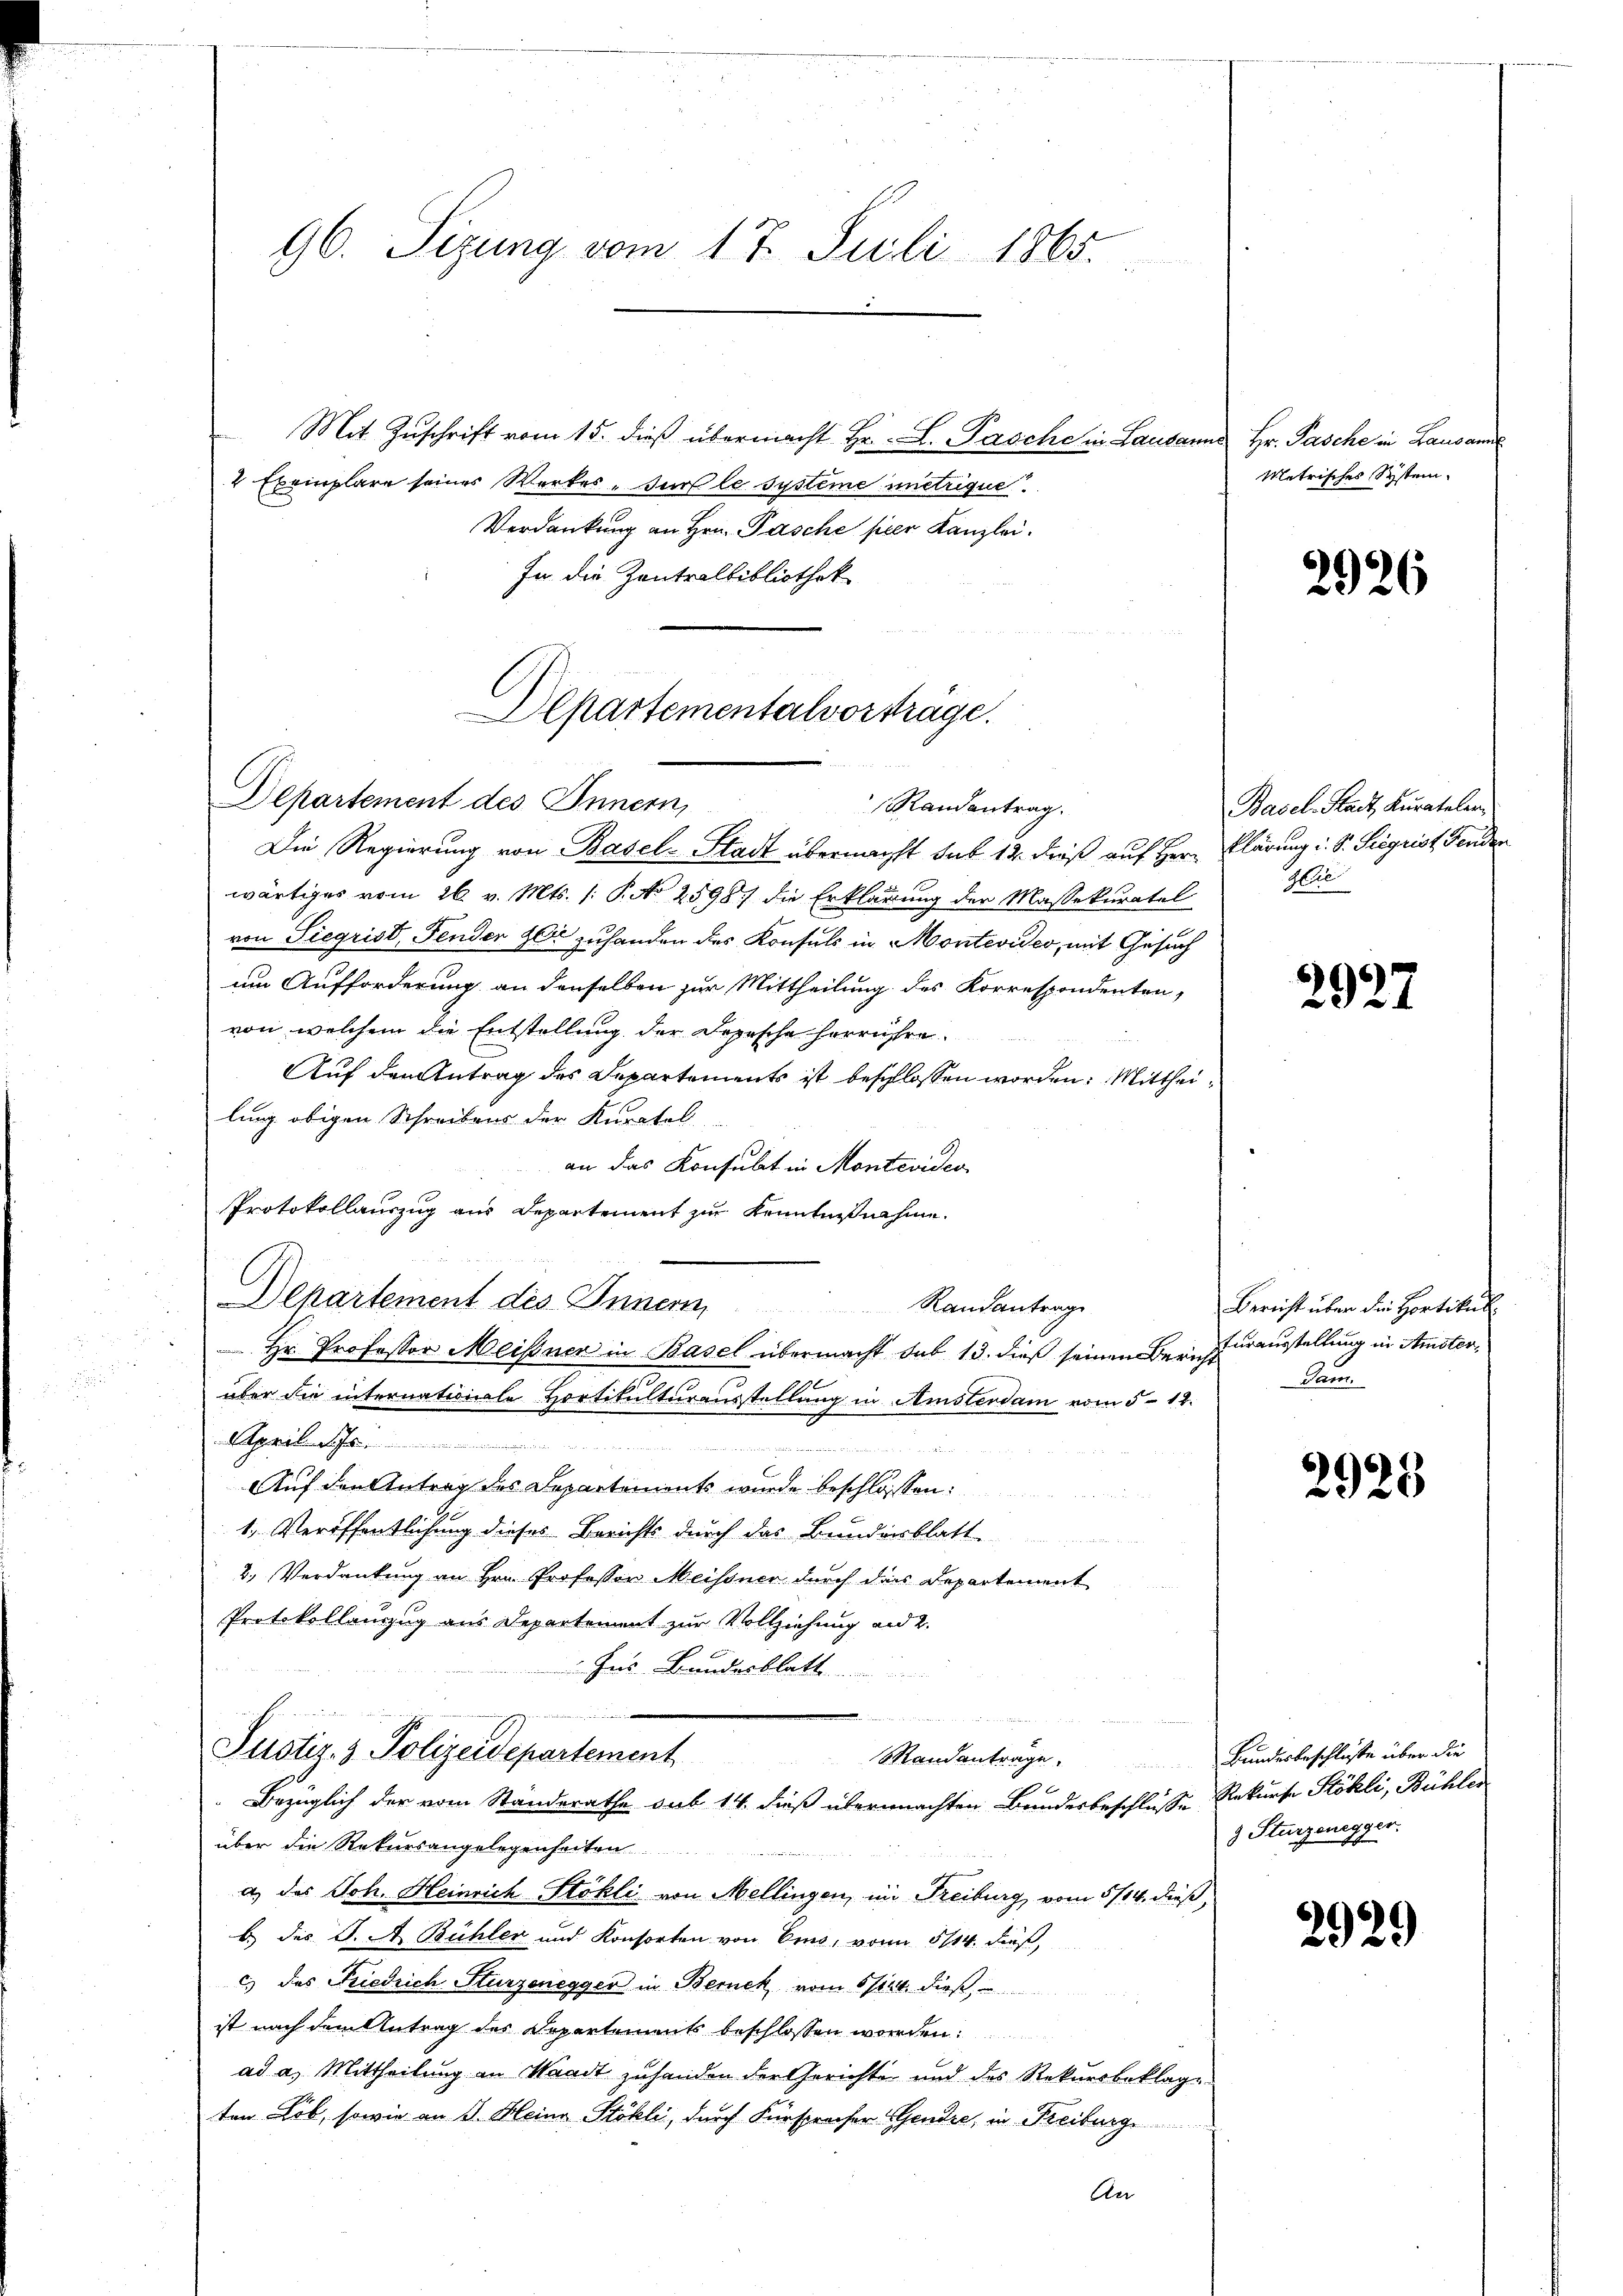
96. Sizung vom 17. Juli 1865.

Mit Zuschrift vom 15. dieß übermacht Hr. L. Pasche in Lausam
2 Exemplare seines Werkes sur le systeme immetrique.
Verdankung an Hrn. Pasche per Kanzlei.
In die Zentralbibliothek

Departementalvorträge.
Departement des Innern,
Randantrag.

Die Regierung von Basel-Stadt übernacht sub 14. dieß auf Herr
wärtiges vom 26. v. Mts. (: P. No 2598) die Erklärung der Massekuratel
von Siegrist, Fenden der zu handen des Konsuls in Montevides, mit Gesuch
um Aufforderung an denselben zur Mittheilung des Korrespondenten,
von welchem die Entstellung der Depesche herrühre
1 1892
Auf den Antrag des Departements ist beschlossen worden. Mittheilung obigen Schreibens der Kuratel
an das Konsulat in Montevideo
Protokollauszug aus Departement zu Kenntnißnahme
Departement des Innern
Randantrage
Hr. Professor Meißner in Basel übermacht sub 13. dieß seinen Bericht
über die internationale Hortikulturausstellung in Amsterdam vom 5. 12.
April d. Js.

Auf den Antrag des Departements wurde beschlossen:
1. Veröffentlichung dieses Berichts durch das Bundesblatt
2. Verdankung an Hrn. Professor Meissner durch dass Departement
Protokollauszug aus Departement zur Vollziehung und 2.
Ins Bundesblatt

Justiz- & Polizeidepartement
Mandantrage. Bundesbeschlüsse über die
2 x
Bezüglich der vom Standerathe sub 14. dieß übermachten Bundesbeschlüsse Rekurse Stökli, Bühler
über die Rekursangelegenheiten
a.) das Joh. Heinrich Stokli von Mellingen, im Freiburg vom 5/14. dieß,
b. des S. A. Bühler und Konsorten von Emo, von 5114. dieß
c) des Friedrich Sturzenegger in Bernek vom 6/124. dieß,
ist nach dem Antrag des Departements beschlossen worden.
ad a. Mittheilung in Waadt zuhanden der Gerichte und des Rekursbeklage
ten Lob, sowie an J. Heine Stökli, durch Fürspracher Gendre, in Freiburg
An

a. Hr. Paschein Lausamme
Metrisches System

2926

Basel-Stadt Kuratelen
klärung i. S. Sigrist Fenden
Hie

2927

Bericht über die Hortikul
Turausstellung in Amster
Ann

2925

9 Sturzenegger.

2929